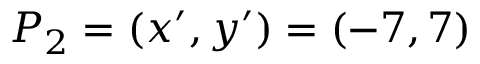
P _ { 2 } = ( x ^ { \prime } , y ^ { \prime } ) = ( - 7 , 7 )